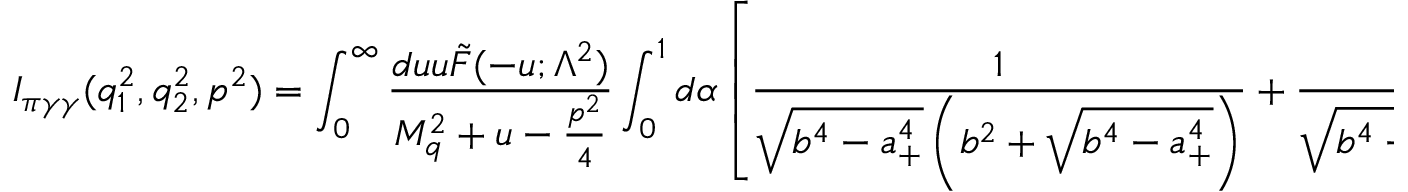
I _ { \pi \gamma \gamma } ( q _ { 1 } ^ { 2 } , q _ { 2 } ^ { 2 } , p ^ { 2 } ) = \int _ { 0 } ^ { \infty } \frac { d u u \tilde { F } ( - u ; \Lambda ^ { 2 } ) } { M _ { q } ^ { 2 } + u - \frac { p ^ { 2 } } { 4 } } \int _ { 0 } ^ { 1 } d \alpha \left[ \frac { 1 } { \sqrt { b ^ { 4 } - a _ { + } ^ { 4 } } \left( b ^ { 2 } + \sqrt { b ^ { 4 } - a _ { + } ^ { 4 } } \right) } + \frac { 1 } { \sqrt { b ^ { 4 } - a _ { - } ^ { 4 } } \left( b ^ { 2 } + \sqrt { b ^ { 4 } - a _ { - } ^ { 4 } } \right) } \right] ,